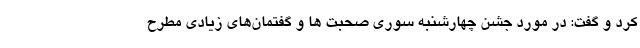
کرد و گفت: در مورد جشن چهارشنبه سوری صحبت ها و گفتمان‌های زیادی مطرح